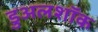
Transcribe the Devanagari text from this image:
डुअलशॉक